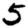
Digit: 5